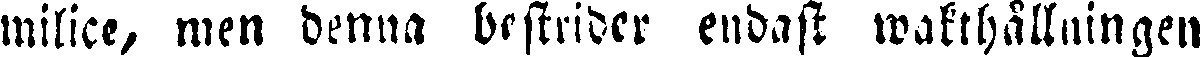
milice, men benna bestrider endast wakthållningen